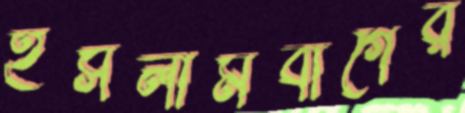
ইসলামবাগের